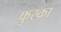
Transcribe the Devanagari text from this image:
फुस्का